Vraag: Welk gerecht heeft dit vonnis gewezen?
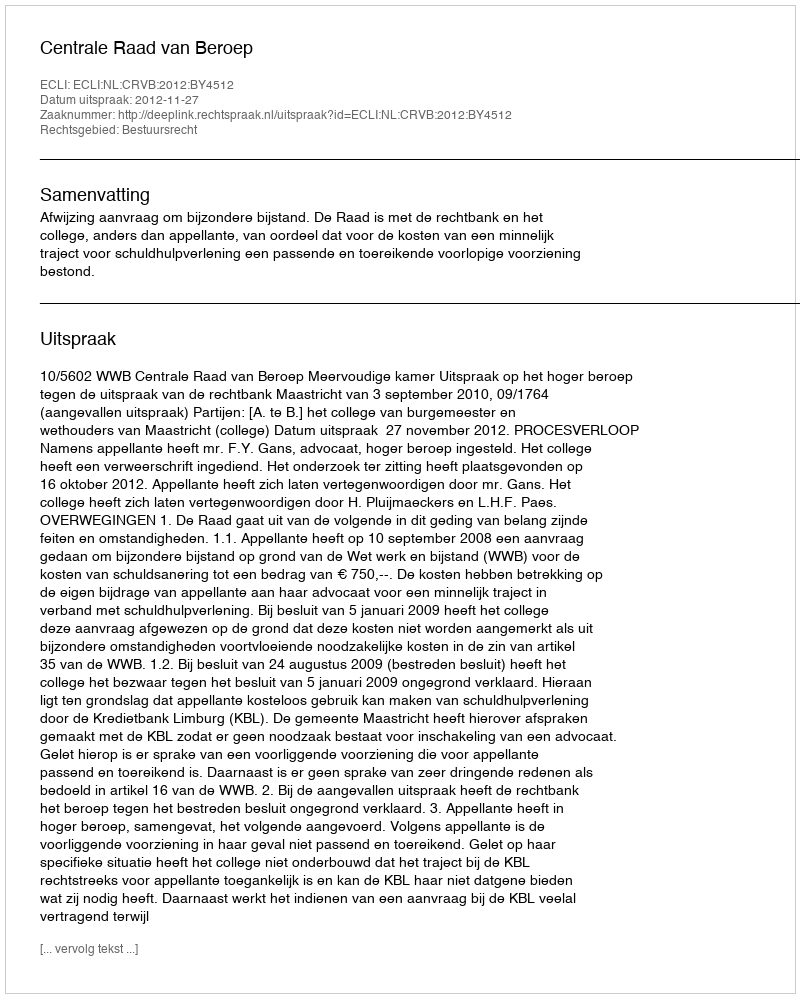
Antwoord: Centrale Raad van Beroep